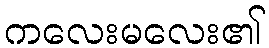
ကလေးမလေး၏